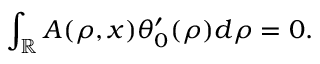
\int _ { \mathbb { R } } A ( \rho , x ) \theta _ { 0 } ^ { \prime } ( \rho ) d \rho = 0 .